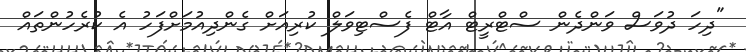
"ދިހަ ދުވަސް ވަންދެން ސްޓްރީޓް އާޓް ފެސްޓިވަލް ކުރިއަށް ގެންދިއުމަށްފަހު އެ ކުރެހުންތައް